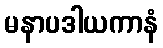
မနာပဒါယကာနံ